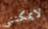
لايمكنني